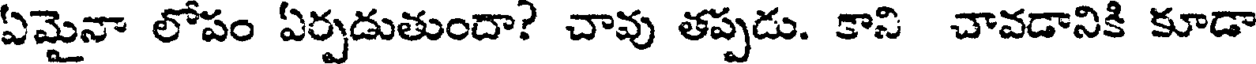
ఏమైనా లోపం ఏర్పడుతుందా? చావు తప్పడు. కాని చావడానికి కూడా